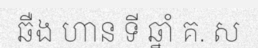
ឆឺង ហាន ទី ឆ្នាំ គ. ស